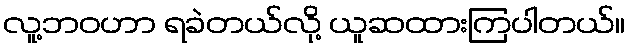
လူ့ဘဝဟာ ရခဲတယ်လို့ ယူဆထားကြပါတယ်။